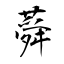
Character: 蕣